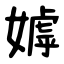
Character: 嫭